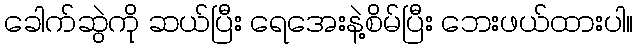
ခေါက်ဆွဲကို ဆယ်ပြီး ရေအေးနဲ့စိမ်ပြီး ဘေးဖယ်ထားပါ။